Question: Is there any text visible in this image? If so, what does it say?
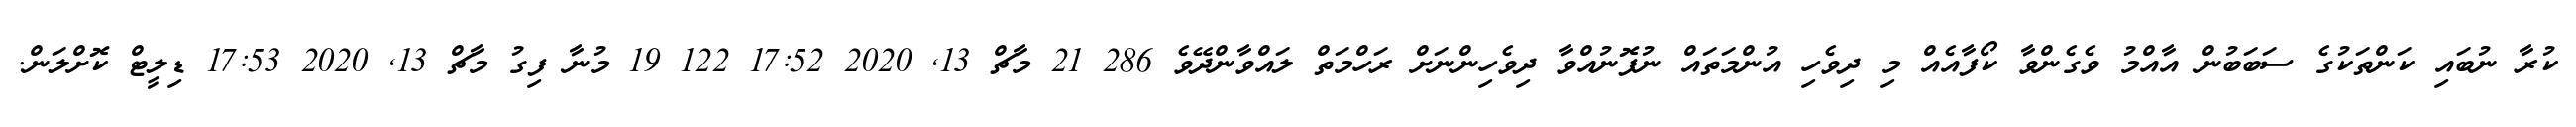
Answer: ކުރާ ނުބައި ކަންތަކުގެ ސަބަބުން އާއްމު ވެގެންވާ ކޯފާއެއް މި ދިވެހި އުންމަތައް ނުފޮނުއްވާ ދިވެހިންނަށް ރަހްމަތް ލައްވާންދޭވެ 286 21 މާޗް 13, 2020 17:52 122 19 މުނާ ފިގު މާޗް 13, 2020 17:53 ޑިލީޓް ކޮށްލަން.